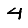
Digit: 4